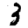
Digit: 3